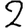
Digit: 2